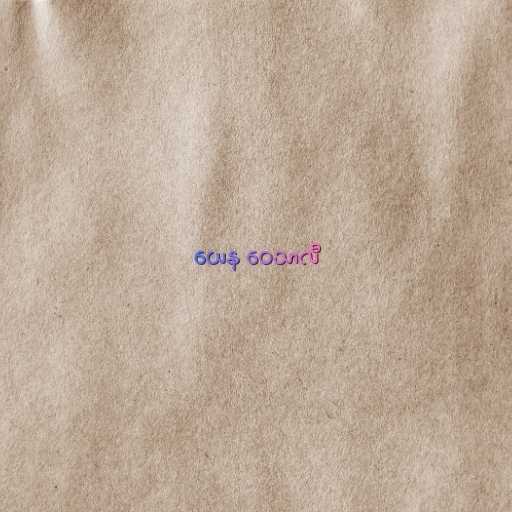
ယေန ဝေသာလီ